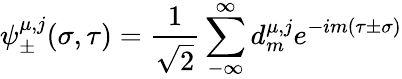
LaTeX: \psi_{\pm}^{\mu,j}(\sigma,\tau)=\frac{1}{\sqrt 2}\sum_{-\infty}^{\infty}d_{m}^{\mu,j}e^{-im(\tau\pm\sigma)}